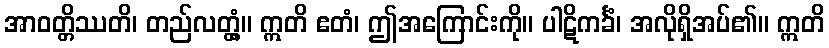
အာဝတ္တိဿတိ၊ တည်လတ္တံ့။ ဣတိ ဧတံ၊ ဤအကြောင်းကို။ ပါဋိကင်္ခံ၊ အလိုရှိအပ်၏။ ဣတိ